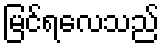
မြင်ရလေသည်